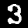
Digit: 3